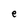
Character: e